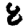
Digit: 8